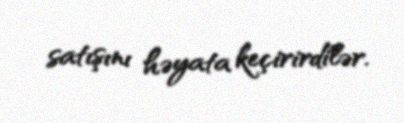
satışını həyata keçirirdilər.